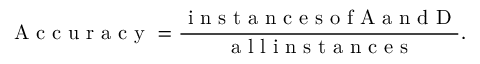
\mathrm { ~ A ~ c ~ c ~ u ~ r ~ a ~ c ~ y ~ } = \frac { \mathrm { ~ i ~ n ~ s ~ t ~ a ~ n ~ c ~ e ~ s ~ o ~ f ~ A ~ a ~ n ~ d ~ D ~ } } { \mathrm { ~ a ~ l ~ l ~ i ~ n ~ s ~ t ~ a ~ n ~ c ~ e ~ s ~ } } .